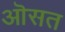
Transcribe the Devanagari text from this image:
ऒसत